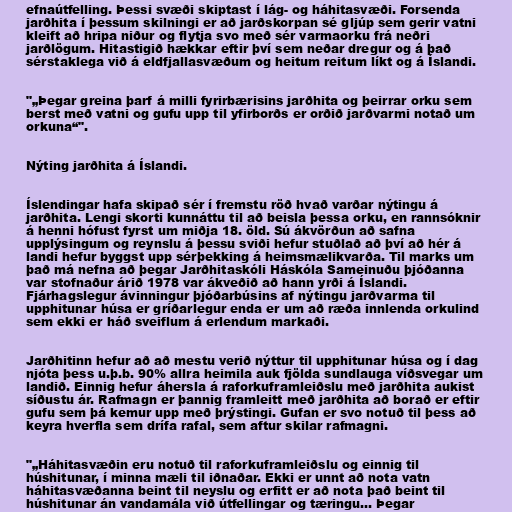
efnaútfelling. Þessi svæði skiptast í lág- og háhitasvæði. Forsenda
jarðhita í þessum skilningi er að jarðskorpan sé gljúp sem gerir vatni
kleift að hripa niður og flytja svo með sér varmaorku frá neðri
jarðlögum. Hitastigið hækkar eftir því sem neðar dregur og á það
sérstaklega við á eldfjallasvæðum og heitum reitum líkt og á Íslandi.

"„Þegar greina þarf á milli fyrirbærisins jarðhita og þeirrar orku sem
berst með vatni og gufu upp til yfirborðs er orðið jarðvarmi notað um
orkuna“".

Nýting jarðhita á Íslandi.

Íslendingar hafa skipað sér í fremstu röð hvað varðar nýtingu á
jarðhita. Lengi skorti kunnáttu til að beisla þessa orku, en rannsóknir
á henni hófust fyrst um miðja 18. öld. Sú ákvörðun að safna
upplýsingum og reynslu á þessu sviði hefur stuðlað að því að hér á
landi hefur byggst upp sérþekking á heimsmælikvarða. Til marks um
það má nefna að þegar Jarðhitaskóli Háskóla Sameinuðu þjóðanna
var stofnaður árið 1978 var ákveðið að hann yrði á Íslandi.
Fjárhagslegur ávinningur þjóðarbúsins af nýtingu jarðvarma til
upphitunar húsa er gríðarlegur enda er um að ræða innlenda orkulind
sem ekki er háð sveiflum á erlendum markaði.

Jarðhitinn hefur að að mestu verið nýttur til upphitunar húsa og í dag
njóta þess u.þ.b. 90% allra heimila auk fjölda sundlauga víðsvegar um
landið. Einnig hefur áhersla á raforkuframleiðslu með jarðhita aukist
síðustu ár. Rafmagn er þannig framleitt með jarðhita að borað er eftir
gufu sem þá kemur upp með þrýstingi. Gufan er svo notuð til þess að
keyra hverfla sem drífa rafal, sem aftur skilar rafmagni.

"„Háhitasvæðin eru notuð til raforkuframleiðslu og einnig til
húshitunar, í minna mæli til iðnaðar. Ekki er unnt að nota vatn
háhitasvæðanna beint til neyslu og erfitt er að nota það beint til
húshitunar án vandamála við útfellingar og tæringu... Þegar